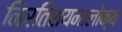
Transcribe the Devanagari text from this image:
निरतिशयमालोक्य